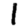
Digit: 1